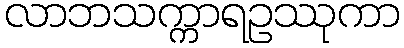
လာဘသက္ကာရဥဿုကာ